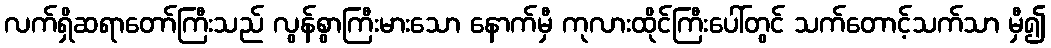
လက်ရှိဆရာတော်ကြီးသည် လွန်စွာကြီးမားသော နောက်မှီ ကုလားထိုင်ကြီးပေါ်တွင် သက်တောင့်သက်သာ မှီ၍